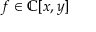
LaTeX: f \in \mathbb { C } [ x , y ]